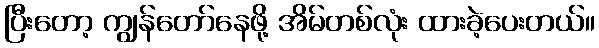
ပြီးတော့ ကျွန်တော်နေဖို့ အိမ်တစ်လုံး ထားခဲ့ပေးတယ်။